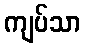
ကျပ်သာ